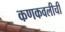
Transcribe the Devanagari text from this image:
कणकवलीची